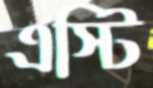
এস্টি